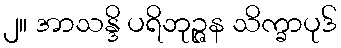
၂။ အာသန္ဒိ ပရိဘုဉ္ဇန သိက္ခာပုဒ်